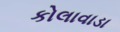
કોલાવાડા